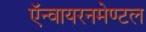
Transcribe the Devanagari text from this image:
ऍन्वायरनमेण्टल